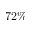
7 2 \%